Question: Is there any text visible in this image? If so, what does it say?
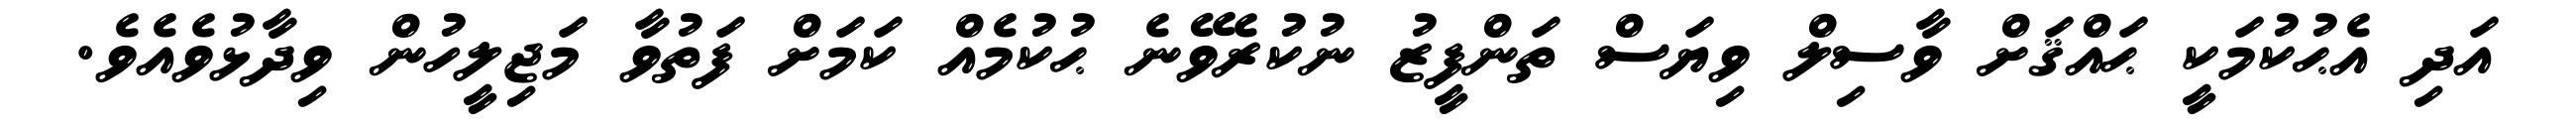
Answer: އަދި އެޙުކުމަކީ ޙައްޤަށް ވާސިލް ވިޔަސް ތަންފީޒު ނުކުރެވޭނެ ޙުކުމެއް ކަމަށް ފަތުވާ މަޖިލީހުން ވިދާޅުވެއެވެ.